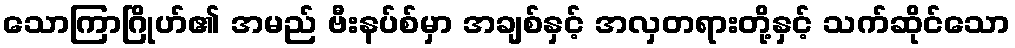
သောကြာဂြိုဟ်၏ အမည် ဗီးနပ်စ်မှာ အချစ်နှင့် အလှတရားတို့နှင့် သက်ဆိုင်သော